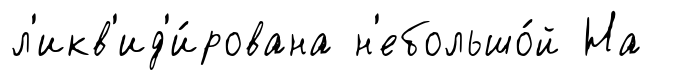
л'икв'ид'и́рована н'ебольшо́й На